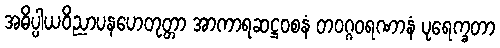
အဓိပ္ပါယဝိညာပနဟေတုတ္တာ အာကာရဆဋ္ဌဝစနံ တဝဂ္ဂဝရဏာနံ ပုရေက္ခတာ